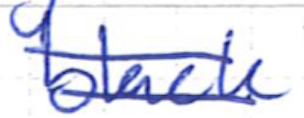
Text: black
Cross-out: double-line
Writing tool: ballpoint